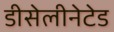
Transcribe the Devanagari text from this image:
डीसेलीनेटेड